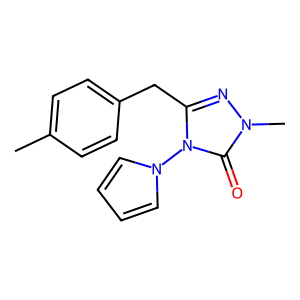
SMILES: Cc1ccc(Cc2nn(C)c(=O)n2-n2cccc2)cc1
Inhibits HIV replication: No